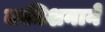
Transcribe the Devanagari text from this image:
कमिशनाने